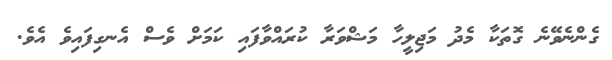
ގެންނެވޭނެ ގޮތަކާ މެދު މަޖިލީހާ މަޝްވަރާ ކުރައްވާފައި ކަމަށް ވެސް އެނގިފައިވެ އެވެ.